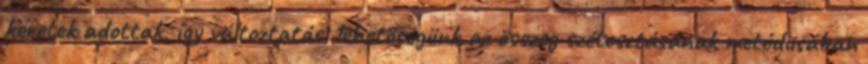
keretek adottak, így változtatási lehetőségünk az összeg szétosztásának metódusában